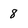
Character: 8